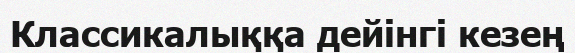
Классикалыққа дейінгі кезең